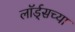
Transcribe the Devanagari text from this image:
लॉर्ड्‌सच्या